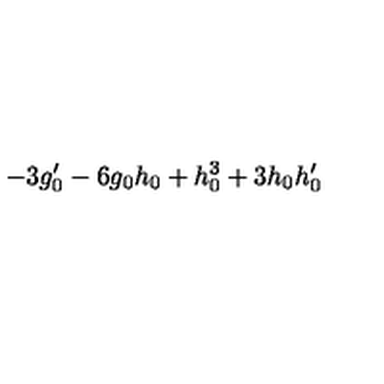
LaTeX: - 3 g _ { 0 } ^ { \prime } - 6 g _ { 0 } h _ { 0 } + h _ { 0 } ^ { 3 } + 3 h _ { 0 } h _ { 0 } ^ { \prime }